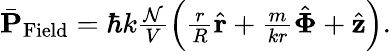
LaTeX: \begin{array}{r}{\bar{\mathbf P}_{\mathrm{Field}}=\hbar k\frac{\mathcal N}{V}\left(\frac{r}{R}\hat{\mathbf r}+\frac{m}{kr}\hat{\mathbf\Phi}+\hat{\mathbf z}\right).}\end{array}